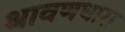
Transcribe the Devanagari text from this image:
श्रावणधारा